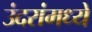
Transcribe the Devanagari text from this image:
उंदरांमध्ये